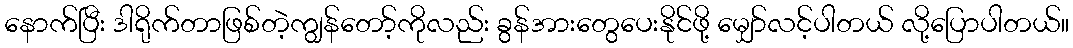
နောက်ပြီး ဒါရိုက်တာဖြစ်တဲ့ကျွန်တော့်ကိုလည်း ခွန်အားတွေပေးနိုင်ဖို့ မျှော်လင့်ပါတယ် လို့ပြောပါတယ်။